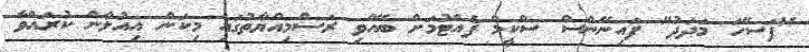
"ފަސޭހަ މަދަދު" ފައިނޭންސް ސްކީމް ފެއްޓުމަށް ބޭއްވި ރަސްމިއްޔާތުގައި މިކަން އިއުލާން ކުރައްވާ